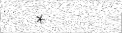
*